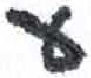
אות: ע